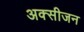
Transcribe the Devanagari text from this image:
अक्‍सीजन